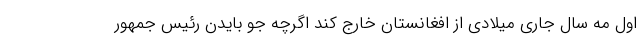
اول مه سال جاری میلادی از افغانستان خارج کند اگرچه جو بایدن رئیس جمهور